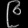
Digit: ၉